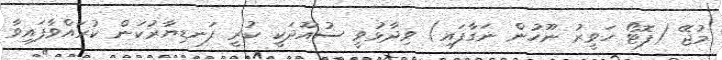
މުޖޭ (ފޮޓޯ ހަވީރު ނޫހުން ނަގާފައި) ވިދާޅުވީ ސުއޫދަކީ ކުރީ ފަނޑިޔާރުކަން ކުރައްވާފައިވާ